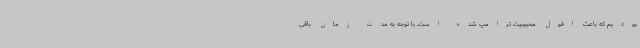
بودیم که باعث افول محبوبیت ترامپ شده است. با توجه به مدت زمان باقی